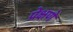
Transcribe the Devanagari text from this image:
प्रेक्षणे